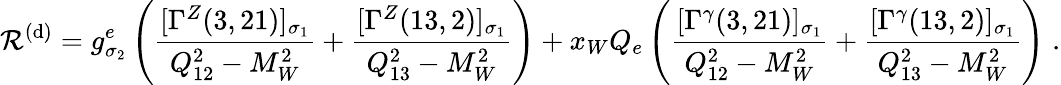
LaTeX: {\cal R}^{(\mathrm{d})}=g_{\sigma_{2}}^{e}\left(\frac{[\Gamma^{Z}(3,21)]_{\sigma_{1}}}{Q_{12}^{2}-M_{W}^{2}}+\frac{[\Gamma^{Z}(13,2)]_{\sigma_{1}}}{Q_{13}^{2}-M_{W}^{2}}\right)+x_{W}Q_{e}\left(\frac{[\Gamma^{\gamma}(3,21)]_{\sigma_{1}}}{Q_{12}^{2}-M_{W}^{2}}+\frac{[\Gamma^{\gamma}(13,2)]_{\sigma_{1}}}{Q_{13}^{2}-M_{W}^{2}}\right)\; .